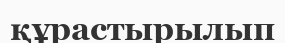
құрастырылып